Plague in India, 1896, 1897 - Volume 2
Year: 1896
Disease focus: Plague
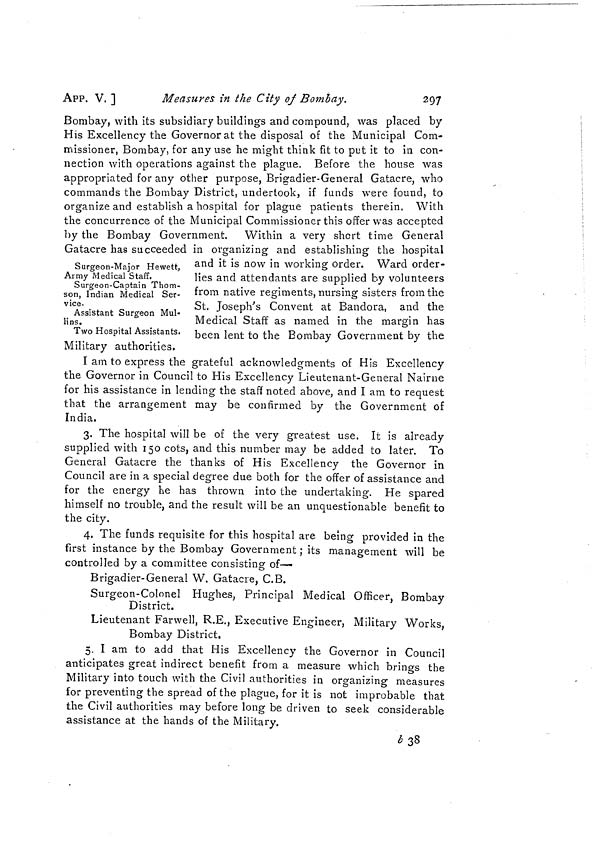
APP. V. ]
Measures in the City of Bombay.
297
Bombay, with its subsidiary buildings and compound, was placed by
His Excellency the Governor at the disposal of the Municipal Com-
missioner, Bombay, for any use he might think fit to put it to in con-
nection with operations against the plague. Before the house was
appropriated for any other purpose, Brigadier-General Gatacre, who
commands the Bombay District, undertook, if funds were found, to
organize and establish a hospital for plague patients therein. With
the concurrence of the Municipal Commissioner this offer was accepted
by the Bombay Government. Within a very short time General
Gatacre has succeeded in organizing and establishing the hospital
Surgeon-Major Hewett,
Army Medical Staff.
Surgeon-Captain Thom-
son, Indian Medical Ser-
vice.
Assistant Surgeon Mul-
iins.
Two Hospital Assistants.
and it is now in working order. Ward order-
lies and attendants are supplied by volunteers
from native regiments, nursing sisters from the
St. Joseph's Convent at Bandora, and the
Medical Staff as named in the margin has
been lent to the Bombay Government by the
Military authorities.
I am to express the grateful acknowledgments of His Excellency
the Governor in Council to His Excellency Lieutenant-General Nairne
for his assistance in lending the staff noted above, and I am to request
that the arrangement may be confirmed by the Government of
India.
3. The hospital will be of the very greatest use. It is already
supplied with 150 cots, and this number may be added to later. To
General Gatacre the thanks of His Excellency the Governor in
Council are in a special degree due both for the offer of assistance and
for the energy he has thrown into the undertaking. He spared
himself no trouble, and the result will be an unquestionable benefit to
the city.
4. The funds requisite for this hospital are being provided in the
first instance by the Bombay Government ; its management will be
controlled by a committee consisting of—•
Brigadier-General W. Gatacre, C.B.
Surgeon-Colonel Hughes, Principal Medical Officer, Bombay
District.
Lieutenant Farwell, R.E., Executive Engineer, Military Works,
Bombay District.
5. I am to add that His Excellency the Governor in Council
anticipates great indirect benefit from a measure which brings the
Military into touch with the Civil authorities in organizing measures
for preventing the spread of the plague, for it is not improbable that
the Civil authorities may before long be driven to seek considerable
assistance at the hands of the Military.
b 38